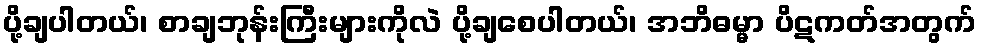
ပို့ချပါတယ်၊ စာချဘုန်းကြီးများကိုလဲ ပို့ချစေပါတယ်၊ အဘိဓမ္မာ ပိဋကတ်အတွက်